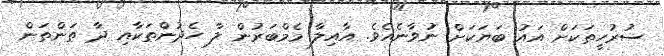
ސުރުހީތަކަށް އައު ބަޔަކަށް ނުވާނެއެވެ. އާއިލާ މެމްބަރުން ލާ ހެދުންތަކާއި ދާ ތަންތަން